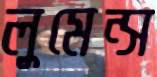
লুমেন্স